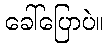
ခေါ်ပြောပဲ။